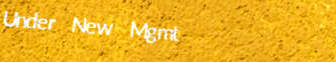
Under New Mgmt